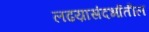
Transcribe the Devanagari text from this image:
लढय़ासंदर्भातील